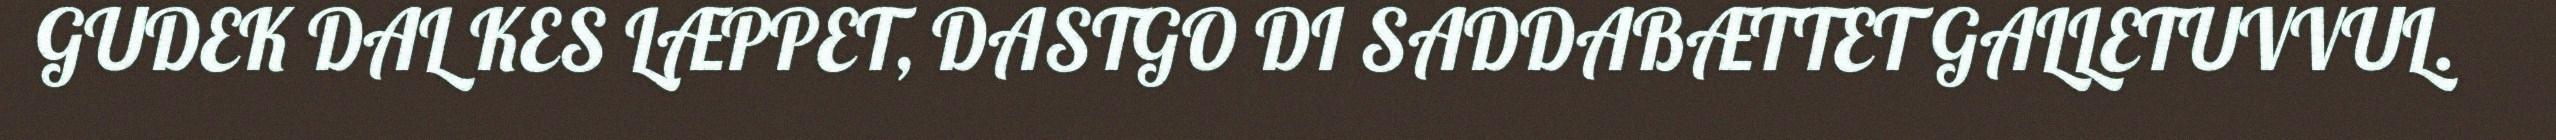
GUDEK DAL KES LÆPPET, DASTGO DI SADDABÆTTET GALLETUVVUL.